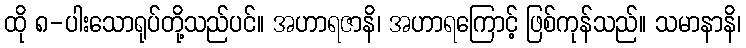
ထို ၈-ပါးသောရုပ်တို့သည်ပင်။ အဟာရဇာနိ၊ အဟာရကြောင့် ဖြစ်ကုန်သည်။ သမာနာနိ၊